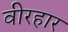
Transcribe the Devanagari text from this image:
वीरहार